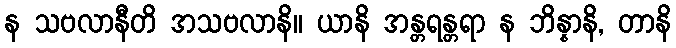
န သဗလာနီတိ အသဗလာနိ။ ယာနိ အန္တရန္တရာ န ဘိန္နာနိ, တာနိ